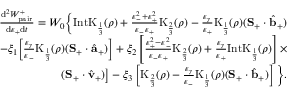
\begin{array} { r l r } & { } & { \frac { \mathrm { d } ^ { 2 } W _ { \mathrm { p a i r } } ^ { + } } { \mathrm { d } \varepsilon _ { + } \mathrm { d } t } = W _ { 0 } \bigg \{ \mathrm { I n t K } _ { \frac { 1 } { 3 } } ( \rho ) + \frac { \varepsilon _ { - } ^ { 2 } + \varepsilon _ { + } ^ { 2 } } { \varepsilon _ { - } \varepsilon _ { + } } \mathrm { K } _ { \frac { 2 } { 3 } } ( \rho ) - \frac { \varepsilon _ { \gamma } } { \varepsilon _ { + } } \mathrm { K } _ { \frac { 1 } { 3 } } ( \rho ) ( { \bf S } _ { + } \cdot \hat { { \bf b } } _ { + } ) } \\ & { } & { - \xi _ { 1 } \bigg [ \frac { \varepsilon _ { \gamma } } { \varepsilon _ { - } } \mathrm { K } _ { \frac { 1 } { 3 } } ( \rho ) ( { \bf S } _ { + } \cdot \hat { { \bf a } } _ { + } ) \bigg ] + \xi _ { 2 } \left[ \frac { \varepsilon _ { + } ^ { 2 } - \varepsilon _ { - } ^ { 2 } } { \varepsilon _ { - } \varepsilon _ { + } } \mathrm { K } _ { \frac { 2 } { 3 } } ( \rho ) + \frac { \varepsilon _ { \gamma } } { \varepsilon _ { + } } \mathrm { I n t K } _ { \frac { 1 } { 3 } } ( \rho ) \right] \times } \\ & { } & { \left. ( { \bf S } _ { + } \cdot \hat { \bf v } _ { + } ) \right] - \xi _ { 3 } \left[ \mathrm { K } _ { \frac { 2 } { 3 } } ( \rho ) - \frac { \varepsilon _ { \gamma } } { \varepsilon _ { - } } \mathrm { K } _ { \frac { 1 } { 3 } } ( \rho ) ( { \bf S } _ { + } \cdot \hat { { \bf b } } _ { + } ) \right] \bigg \} . } \end{array}